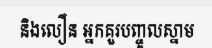
និងលឿន អ្នកគួរបញ្ចូលស្នាម